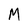
Character: M